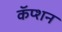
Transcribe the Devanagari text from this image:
कॅप्शन